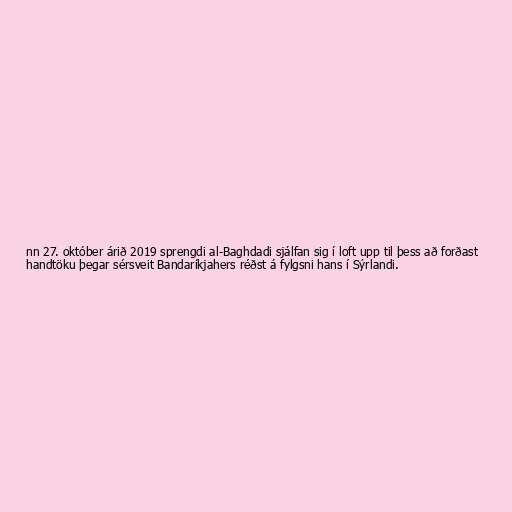
nn 27. október árið 2019 sprengdi al-Baghdadi sjálfan sig í loft upp til þess að forðast
handtöku þegar sérsveit Bandaríkjahers réðst á fylgsni hans í Sýrlandi.